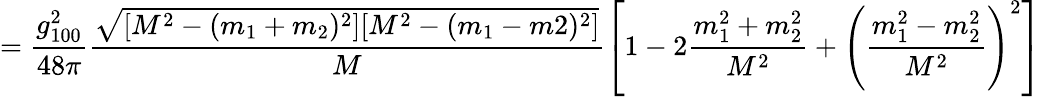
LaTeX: =\frac{g_{100}^{2}}{48\pi}\frac{\sqrt{[M^{2}-(m_{1}+m_{2})^{2}][M^{2}-(m_{1}-m2)^{2}]}}{M}\left[1-2\frac{m_{1}^{2}+m_{2}^{2}}{M^{2}}+\left(\frac{m_{1}^{2}-m_{2}^{2}}{M^{2}}\right)^{2}\right]